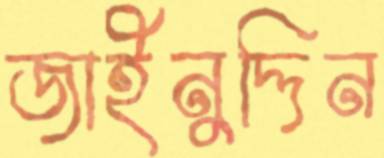
জাইনুদ্দিন